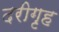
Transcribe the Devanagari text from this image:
दरीगृह